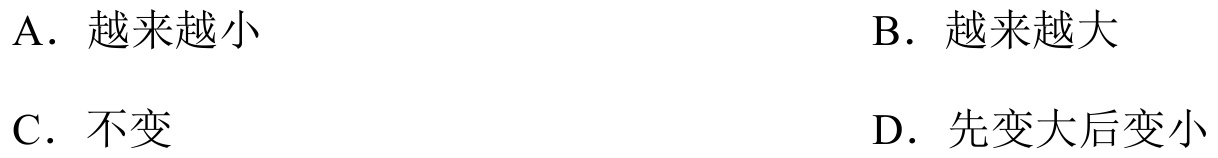
A. 越来越小
B. 越来越大
C. 不变
D. 先变大后变小